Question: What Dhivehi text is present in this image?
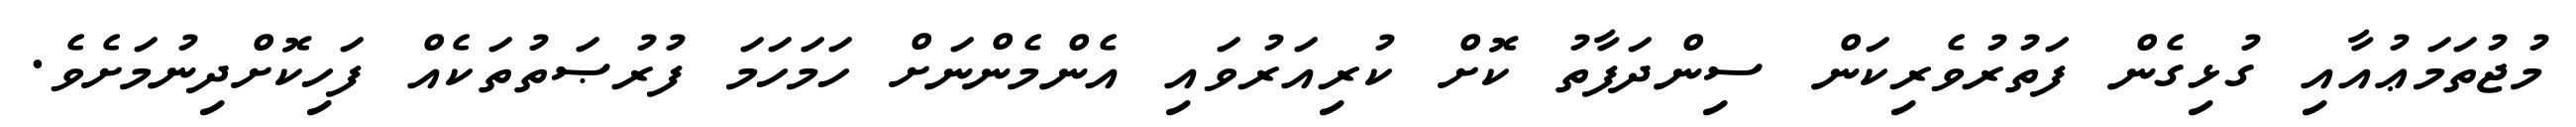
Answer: މުޖުތަމަޢުއާއި ގުޅިގެން ފަތުރުވެރިކަން ސިންދަފާތު ކޮށް ކުރިއަރުވައި އެންމެންނަށް ހަމަހަމަ ފުރުޞަތުތަކެއް ފަހިކޮށްދިނުމަށެވެ.